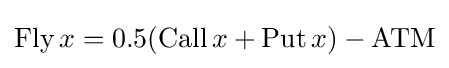
\operatorname {Fly} x=0.5(\operatorname {Call} x+\operatorname {Put} x)-\mathrm {ATM}